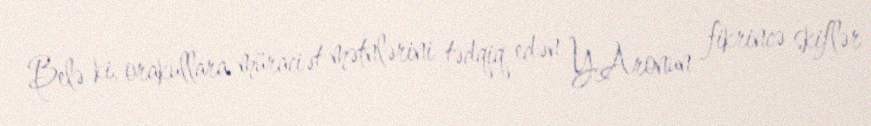
Belə ki, orakullara müraciət mətnlərini tədqiq edən Y.Aronun fikrincə skiflər